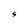
Character: S